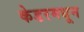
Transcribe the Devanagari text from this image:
केडरमधून